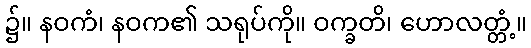
၌။ နဝကံ၊ နဝက၏ သရုပ်ကို။ ဝက္ခတိ၊ ဟောလတ္တံ့။